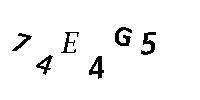
74E4G5